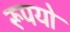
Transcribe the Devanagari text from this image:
रूपयो